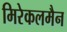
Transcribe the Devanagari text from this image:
मिरेकलमैन